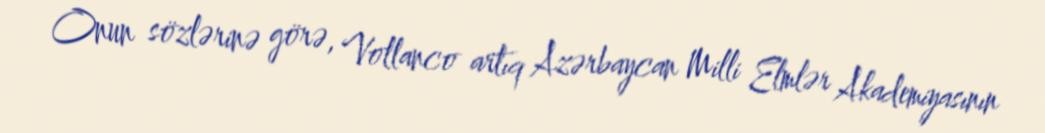
Onun sözlərinə görə, Vollanco artıq Azərbaycan Milli Elmlər Akademiyasının